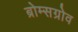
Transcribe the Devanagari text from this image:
ब्रोम्सग्रोव